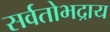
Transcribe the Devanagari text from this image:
सर्वतोभद्राय